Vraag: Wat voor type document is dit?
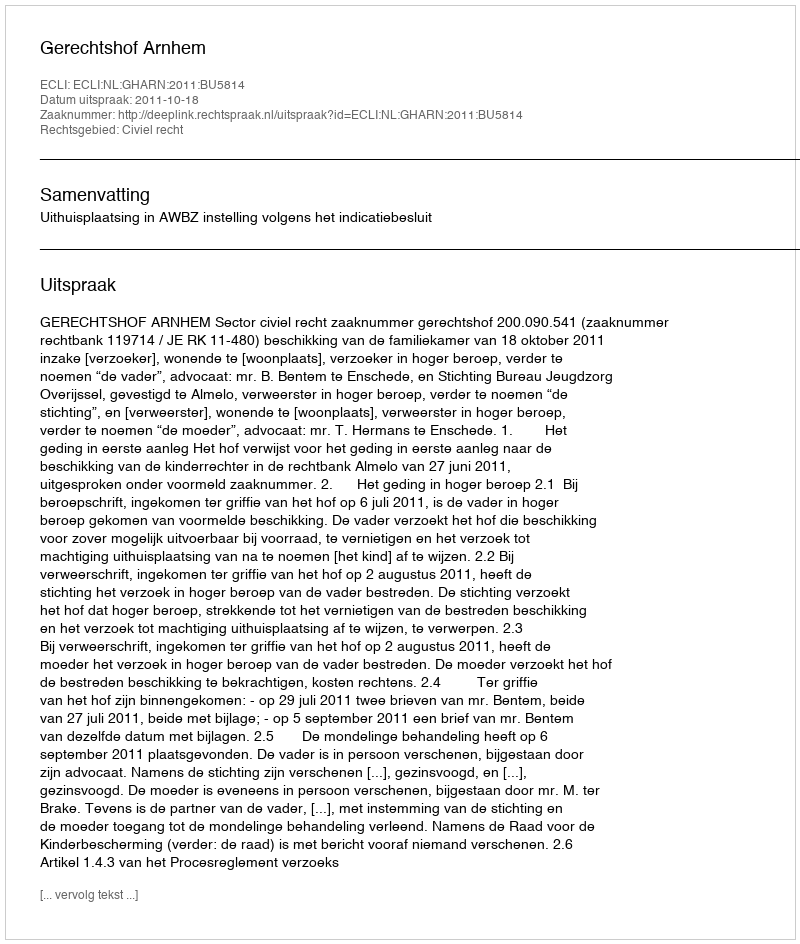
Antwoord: Uitspraak